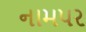
નામપર